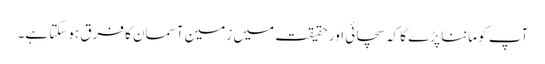
آپ کو ماننا پڑے گا کہ سچائی اور حقیقت میں زمین آسمان کا فرق ہوسکتا ہے۔